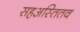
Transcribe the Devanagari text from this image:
सहअस्तितव